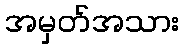
အမှတ်အသား